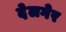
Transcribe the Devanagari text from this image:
देलगेर